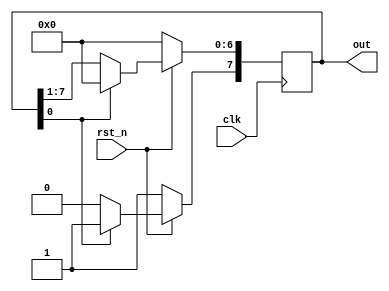
module ring_count #(parameter SIZE=8)(
  input clk,rst_n, 
  output reg [SIZE-1:0]out);

  always@(posedge clk)
    if(!rst_n)
      begin 
        out[SIZE-1]		<=1'b1;
        out[SIZE-2:0]	<=1'b0;
      end 
    else 
      if(!out[0])
        out<=(out>>1);
      else 
        begin 
          out[SIZE-1]	<=1'b1;
          out[SIZE-2:0]	<=1'b0;
        end 
endmodule